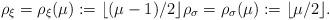
LaTeX: \begin{align*}\rho_\xi = \rho_\xi(\mu) := \lfloor(\mu-1)/2 \rfloor \rho_\sigma = \rho_\sigma(\mu) := \lfloor \mu/2 \rfloor.\end{align*}